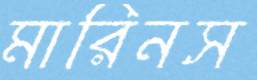
মারিনস